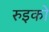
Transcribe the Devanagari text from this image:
रुइको